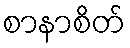
စာနာစိတ်